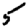
Digit: 5